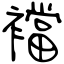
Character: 襠